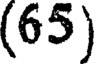
(65)